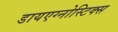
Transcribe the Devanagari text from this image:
डायएग्नोस्टिक्स